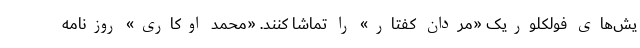
یش‌های فولکلوریک «مردان کفتار» را تماشا کنند. «محمد اوکاری» روزنامه